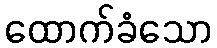
ထောက်ခံသော